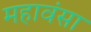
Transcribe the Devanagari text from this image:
महावंसा